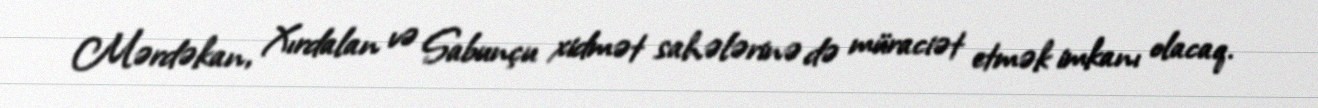
Mərdəkan, Xırdalan və Sabunçu xidmət sahələrinə də müraciət etmək imkanı olacaq.